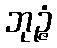
ဘုဉ္ဇံ